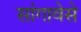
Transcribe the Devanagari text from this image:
सांगावेसे